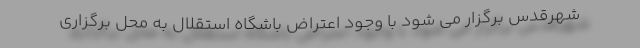
شهرقدس برگزار می شود با وجود اعتراض باشگاه استقلال به محل برگزاری